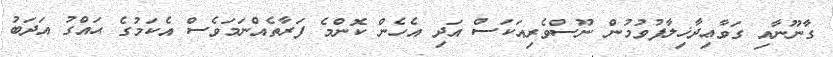
ގާނޫނާއި ގަވާޢިދާޚިލާފުވުމުން ނޫސްވެރިއަކަސް އަދި އެހެން ކޮންމެ ފަރާތެއްނަމަވެސް އެކަމުގެ ޙައްގު އަދަބު